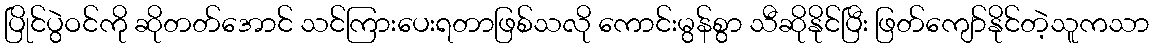
ပြိုင်ပွဲဝင်ကို ဆိုတတ်အောင် သင်ကြားပေးရတာဖြစ်သလို ကောင်းမွန်စွာ သီဆိုနိုင်ပြီး ဖြတ်ကျော်နိုင်တဲ့သူကသာ